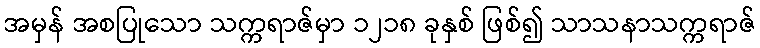
အမှန် အစပြုသော သက္ကရာဇ်မှာ ၁၂၁၈ ခုနှစ် ဖြစ်၍ သာသနာသက္ကရာဇ်